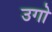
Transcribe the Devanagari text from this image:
उगो